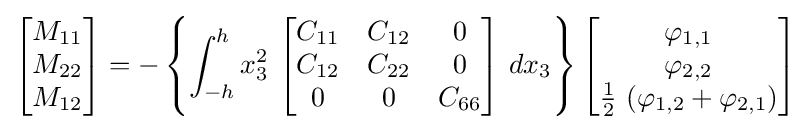
{\begin{bmatrix}M_{11}\\M_{22}\\M_{12}\end{bmatrix}}=-\left\{\int _{-h}^{h}x_{3}^{2}~{\begin{bmatrix}C_{11}&C_{12}&0\\C_{12}&C_{22}&0\\0&0&C_{66}\end{bmatrix}}~dx_{3}\right\}{\begin{bmatrix}\varphi _{1,1}\\\varphi _{2,2}\\{\frac {1}{2}}~(\varphi _{1,2}+\varphi _{2,1})\end{bmatrix}}